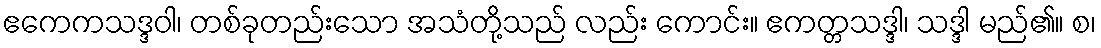
ဧကေကသဒ္ဒဝါ၊ တစ်ခုတည်းသော အသံတို့သည် လည်း ကောင်း။ ဧကတ္တသဒ္ဒါ၊ သဒ္ဒါ မည်၏။ စ၊